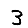
Digit: 3